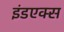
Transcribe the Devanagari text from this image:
इंडएक्स